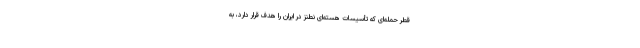
قطر حمله‌ای که تأسیسات هسته‌ای نطنز در ایران را هدف قرار دارد، به